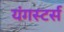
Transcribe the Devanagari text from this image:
यंगस्टर्स